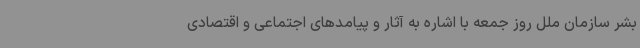
بشر سازمان ملل روز جمعه با اشاره به آثار و پیامدهای اجتماعی و اقتصادی